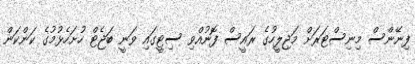
ފިނޭންސް މިނިސްޓަރަށް މަޖިލީހުގެ ރައީސް ފޮނުއްވި ސިޓީގައި ވަނީ ބަޖެޓް ހުށަހެޅުމުގެ ކަންކަން